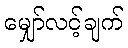
မျှော်လင့်ချက်